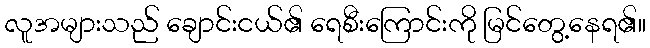
လူအများသည် ချောင်းငယ်၏ ရေစီးကြောင်းကို မြင်တွေ့နေရ၏။